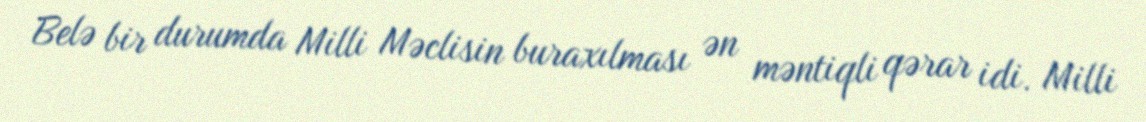
Belə bir durumda Milli Məclisin buraxılması ən məntiqli qərar idi. Milli